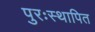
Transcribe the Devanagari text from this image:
पुरःस्थापित